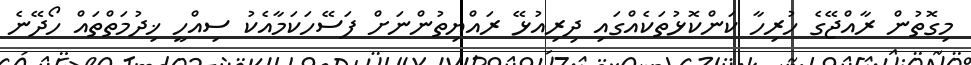
މިގޮތުން ރާއްޖޭގެ ހުރިހާ ކަންކޮޅުތަކެއްގައި ދިރިއުޅޭ ރައްޔިތުންނަށް ފަސޭހަކަމާއެކު ސިއްހީ ޚިދުމަތްތައް ހޯދޭނެ